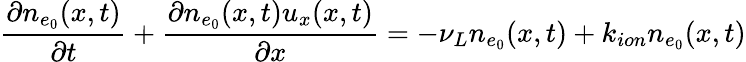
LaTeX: \frac{\partial n_{e_{0}}(x,t)}{\partial t}+\frac{\partial n_{e_{0}}(x,t)u_{x}(x,t)}{\partial x}=-\nu_{L}n_{e_{0}}(x,t)+k_{ion}n_{e_{0}}(x,t)